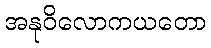
အနုဝိလောကယတော